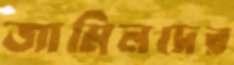
জামিলদের